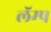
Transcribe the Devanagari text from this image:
लॅम्प